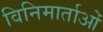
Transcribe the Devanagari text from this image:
विनिमार्ताओं